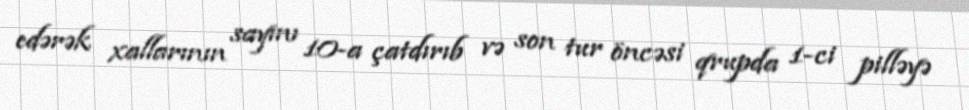
edərək xallarının sayını 10-a çatdırıb və son tur öncəsi qrupda 1-ci pilləyə